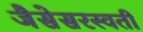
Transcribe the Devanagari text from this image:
जैसेसरस्वती